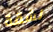
لشقة